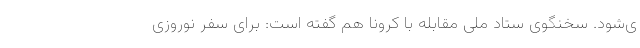
ی‌شود. سخنگوی ستاد ملی مقابله با کرونا هم گفته است: برای سفر نوروزی